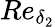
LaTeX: Re_{\delta_{2}}